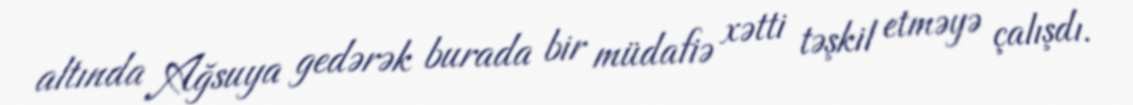
altında Ağsuya gedərək burada bir müdafiə xətti təşkil etməyə çalışdı.